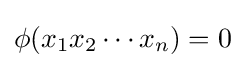
\phi (x_{1}x_{2}\cdots x_{n})=0